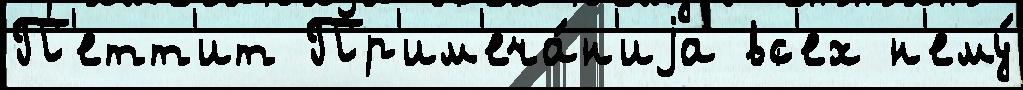
П'етт'ит Пр'им'еча́н'иjа вс'ех н'ему́